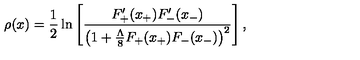
\rho ( x ) = \frac { 1 } { 2 } \ln \left[ \frac { F _ { + } ^ { \prime } ( x _ { + } ) F _ { - } ^ { \prime } ( x _ { - } ) } { \left( 1 + \frac { \Lambda } { 8 } F _ { + } ( x _ { + } ) F _ { - } ( x _ { - } ) \right) ^ { 2 } } \right] ,